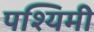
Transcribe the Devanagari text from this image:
पश्यिमी